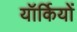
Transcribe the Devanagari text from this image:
यॉर्कियों